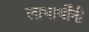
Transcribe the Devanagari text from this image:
लाभार्थींनी